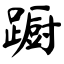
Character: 蹰